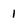
Character: 1